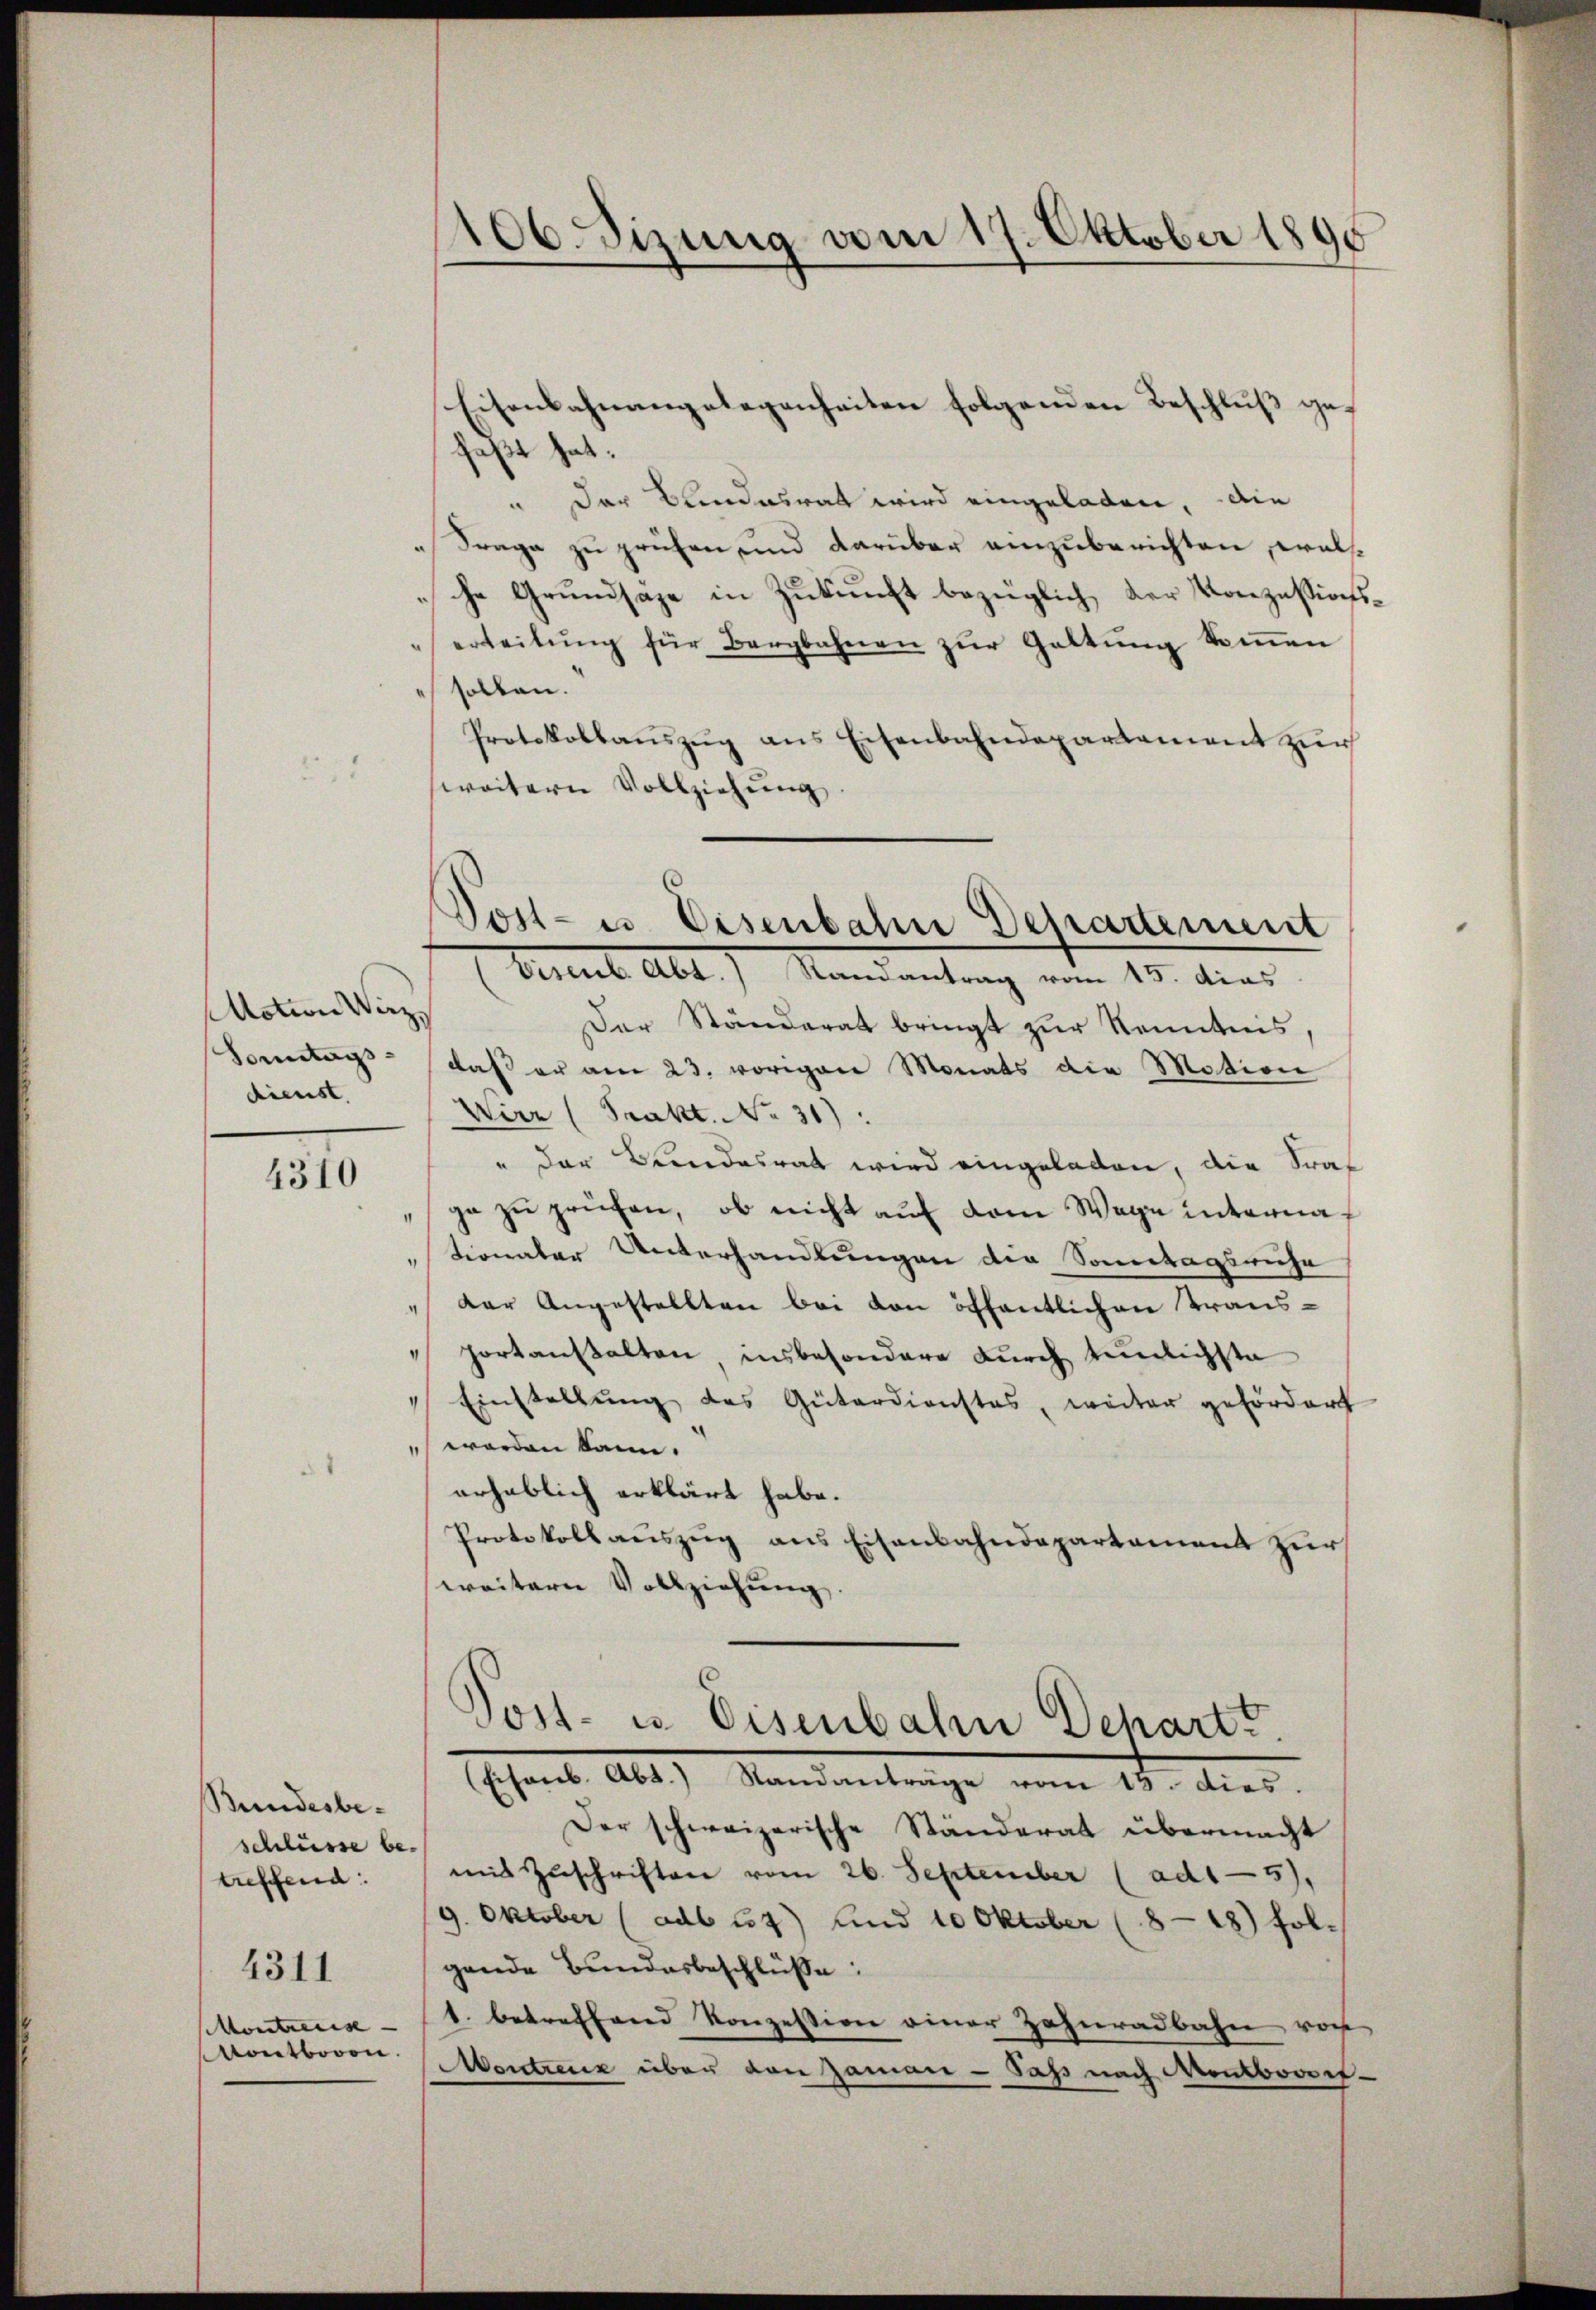
Motion Wirz
Sonntags-
dienst.

4310

Bundesbeschlüsse be-
treffend:
4311
Montrarise
Montbooon.

106. Sizung vom 17. Oktober 1890

Eisenbahnangelegenheiten folgenden Beschluß gefaßt hat.
" Der Bundesrat wird eingeladen, die
Frage zu prüfen, und darüber einzuberichten, welche Grundsaze in Zukunft bezüglich der Konzessionserteilŭng für Bergbahnen zŭr Gattung kommen
sollen.
Protokollaŭszŭg ans Eisenbahndepartement zŭr
weitern Vollziehŭng.
Der Ständerat bringt zur Kenntnis
daß er am 23. vorigen Monats die Motion
Wirz (Trakt. No 31):
" der Bandesrat wird eingeladen, die Kraf
ge zŭ prüfen, ob nicht auf dem Wege interna
"tionaler Unterhandlungen der Sonntagsruhe
der Angestellten bei von öffentlichen Trans-
portanstalten, insbesondere durch tunlichste
Einstellung des Güterdienstes, weiter gefördert
worden kann.
erheblich erklärt habe.
Protokoll aŭszŭg ans Eisenbahndepartement zur
weitern Vollziehung.
Vost- u. Eisenbahn Dehartt.
(Eisenb. Abt. Standanträge vom 13. dies.
Der schweizerische Ständerat übermacht
mit Zuschriften vom 26. September (ad15),
9. Oktober (adb 24) und 10 Oktober (8-18) fol-
gende Bundesbeschlüße:
1. betreffend Konzession einer Zahnradbahn vor
Montreuz über den Jaman - Sass nach Montboot-

Vost- u Eisenbahn Departement
(Eisenb. Abt. Randantrag vom 15. dies